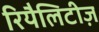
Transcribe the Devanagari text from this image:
रियैलिटीज़